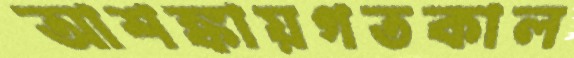
আশঙ্কায়গতকাল